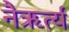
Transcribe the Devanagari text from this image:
नैऋर्त्य